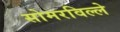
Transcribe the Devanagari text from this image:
सोमरविल्ले